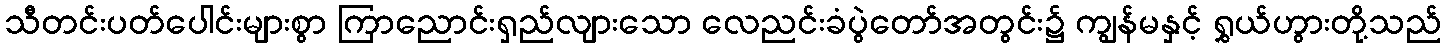
သီတင်းပတ်ပေါင်းများစွာ ကြာညောင်းရှည်လျားသော လေညင်းခံပွဲတော်အတွင်း၌ ကျွန်မနှင့် ရွှယ်ဟွားတို့သည်